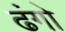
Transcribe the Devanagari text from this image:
ढंगो